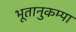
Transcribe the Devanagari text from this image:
भूतानुकम्पा